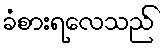
ခံစားရလေသည်